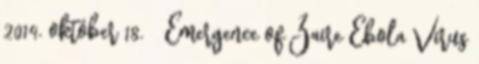
2014. október 18. ↑ Emergence of Zaire Ebola Virus